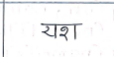
मजकूर: यश